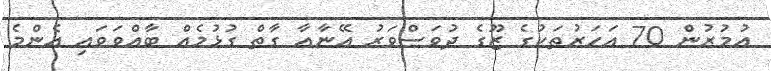
އުމުރުން 70 އަހަރުތަކުގެ ޒޫގެ ދުވަސްވަރު އޭނާއާ ގާތް ގުޅުމެއް ބާއްވަވައި އެންމެ